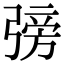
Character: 𢐊